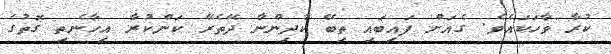
ކުރާ ވާހަކައެވެ. ގެއަށް ފައިބައި ތިބޭ ކުދިންނާ ދޭތެރޭ ކަންކުރާ އިހާނެތި ގޮތުގެ